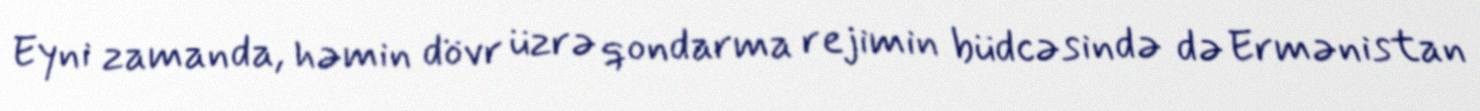
Eyni zamanda, həmin dövr üzrə qondarma rejimin büdcəsində də Ermənistan